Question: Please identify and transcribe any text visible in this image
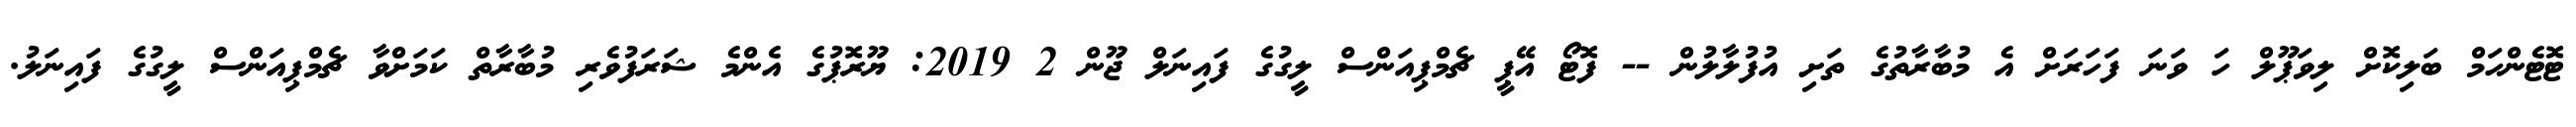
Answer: ޓޮޓެންހަމް ބަލިކޮށް ލިވަޕޫލް ހަ ވަނަ ފަހަރަށް އެ މުބާރާތުގެ ތަށި އުފުލާލުން -- ފޮޓޯ އޭޕީ ޗެމްޕިއަންސް ލީގުގެ ފައިނަލް ޖޫން 2 2019: ޔޫރޮޕުގެ އެންމެ ޝަރަފުވެރި މުބާރާތް ކަމަށްވާ ޗެމްޕިއަންސް ލީގުގެ ފައިނަލު.